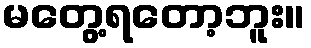
မတွေ့ရတော့ဘူး။